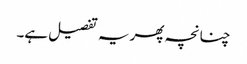
چنانچہ پھر یہ تفصیل ہے۔